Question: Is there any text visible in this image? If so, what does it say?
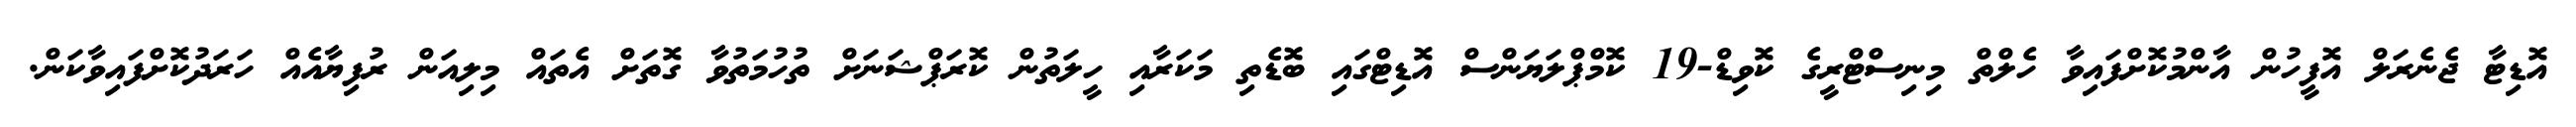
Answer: އޮޑިޓާ ޖެނެރަލް އޮފީހުން އާންމުކޮށްފައިވާ ހެލްތް މިނިސްޓްރީގެ ކޮވިޑް-19 ކޮމްޕްލަޔަންސް އޮޑިޓްގައި ބޮޑެތި މަކަރާއި ހީލަތުން ކޮރަޕްޝަނަށް ތުހުމަތުވާ ގޮތަށް އެތައް މިލިއަން ރުފިޔާއެއް ހަރަދުކޮށްފައިވާކަން.